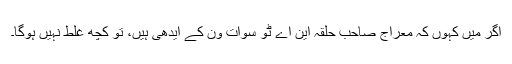
اگر میں کہوں کہ معراج صاحب حلقہ این اے ٹو سوات ون کے ایدھی ہیں، تو کچھ غلط نہیں ہوگا۔